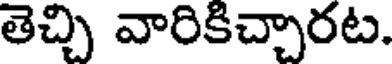
తెచ్చి వారికిచ్చారట.